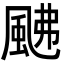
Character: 𩖼